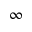
\infty